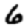
Digit: 6